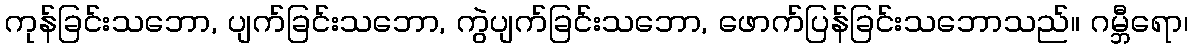
ကုန်ခြင်းသဘော, ပျက်ခြင်းသဘော, ကွဲပျက်ခြင်းသဘော, ဖောက်ပြန်ခြင်းသဘောသည်။ ဂမ္ဘီရော၊